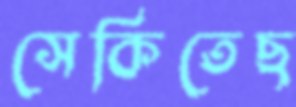
সেকিতেছ